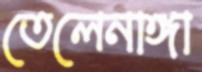
তেলেনাঙ্গা